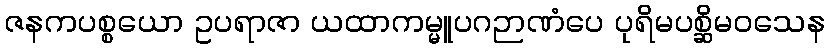
ဇနကပစ္စယော ဥပရာဇာ ယထာကမ္မူပဂဉာဏံပေ ပုရိမပစ္ဆိမဝသေန